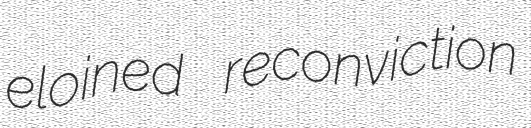
eloined reconviction